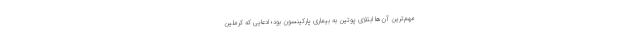
مهم‌ترین آن‌ها ابتلای پوتین به بیماری پارکینسون بود؛ ادعایی که کرملین